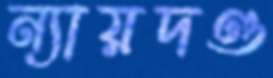
ন্যায়দণ্ড